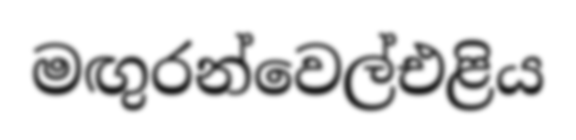
මඟුරන්වෙල්එළිය